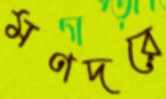
মণদরে